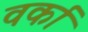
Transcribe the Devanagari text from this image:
वर्का